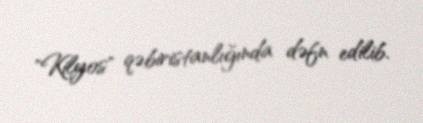
"Kilyos" qəbiristanlığında dəfn edilib.